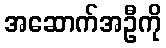
အဆောက်အဦကို